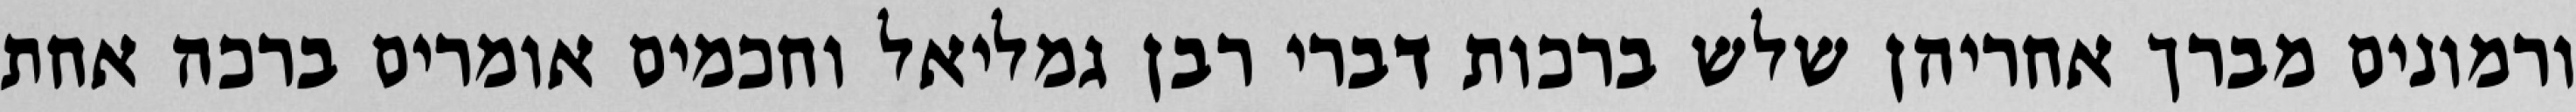
ורמונים מברך אחריהן שלש ברכות דברי רבן גמליאל וחכמים אומרים ברכה אחת